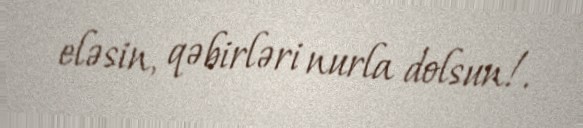
eləsin, qəbirləri nurla dolsun!.